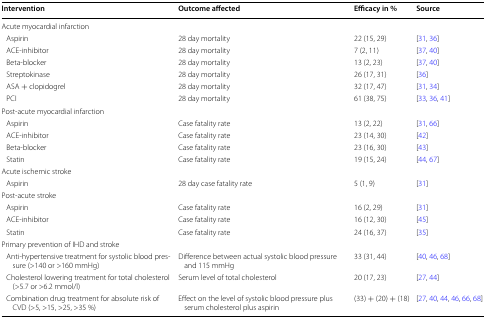
| Intervention | Outcome affected | Efficacy in % | Source |
 | --- | --- | --- | --- |
 | <COLSPAN=4> Acute myocardial infarction |
 | Aspirin | 28 day mortality | 22 (15, 29) | [31, 36] |
 | ACE-inhibitor | 28 day mortality | 7 (2, 11) | [37, 40] |
 | Beta-blocker | 28 day mortality | 13 (2, 23) | [37, 40] |
 | Streptokinase | 28 day mortality | 26 (17, 31) | [36] |
 | ASA + clopidogrel | 28 day mortality | 32 (17, 47) | [31, 34] |
 | PCI | 28 day mortality | 61 (38, 75) | [33, 36, 41] |
 | <COLSPAN=4> Post-acute myocardial infarction |
 | Aspirin | Case fatality rate | 13 (2, 22) | [31, 66] |
 | ACE-inhibitor | Case fatality rate | 23 (14, 30) | [42] |
 | Beta-blocker | Case fatality rate | 23 (16, 30) | [43] |
 | Statin | Case fatality rate | 19 (15, 24) | [44, 67] |
 | <COLSPAN=4> Acute ischemic stroke |
 | Aspirin | 28 day case fatality rate | 5 (1, 9) | [31] |
 | <COLSPAN=4> Post-acute stroke |
 | Aspirin | Case fatality rate | 16 (2, 29) | [31] |
 | ACE-inhibitor | Case fatality rate | 16 (12, 30) | [45] |
 | Statin | Case fatality rate | 24 (16, 37) | [35] |
 | <COLSPAN=4> Primary prevention of IHD and stroke |
 | Anti-hypertensive treatment for systolic blood pressure (>140 or >160 mmHg) | Difference between actual systolic blood pressure and 115 mmHg | 33 (31, 44) | [40, 46, 68] |
 | Cholesterol lowering treatment for total cholesterol (>5.7 or >6.2 mmol/l) | Serum level of total cholesterol | 20 (17, 23) | [27, 44] |
 | Combination drug treatment for absolute risk of CVD (>5, >15, >25, >35 %) | Effect on the level of systolic blood pressure plus serum cholesterol plus aspirin | (33) + (20) + (18) | [27, 40, 44, 46, 66, 68] |